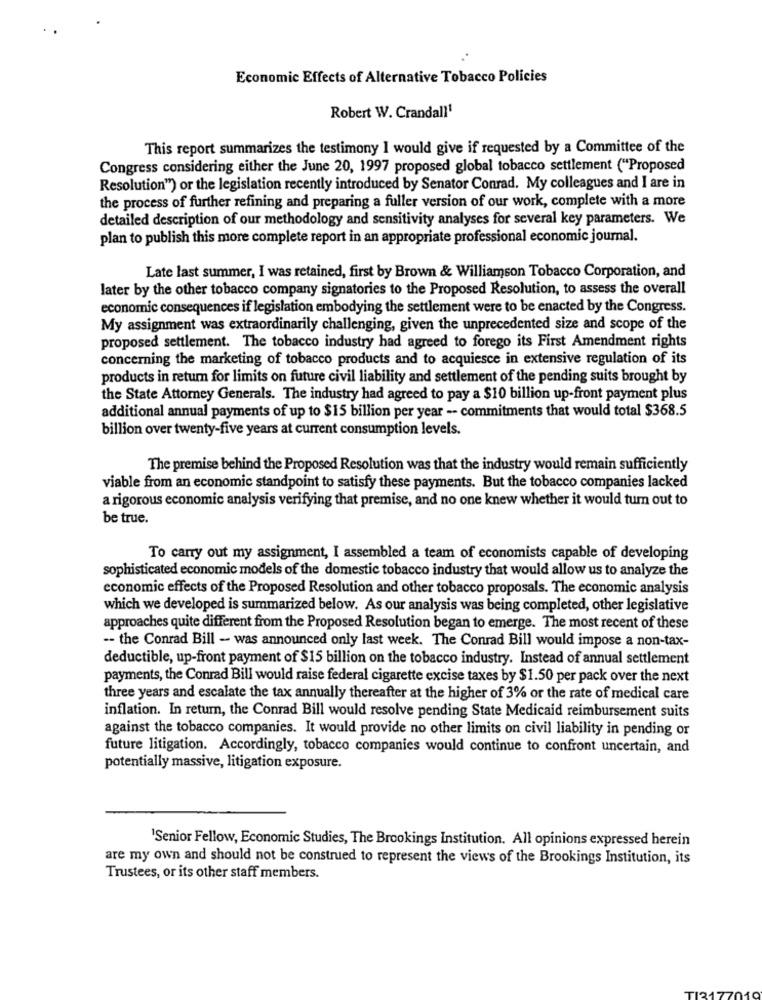
Economic Effects of Alternative Tobacco Policies
Robert W. Crandall1
This report summarizes the testimony I would give if requested by a Committee of the
Congress considering either the June 20, 1997 proposed global tobacco settlement ("Proposed
Resolution") or the legislation recently introduced by Senator Conrad. My colleagues and I are in
the process of further refining and preparing a fuller version of our work, complete with a more
detailed description of our methodology and sensitivity analyses for several key parameters. We
plan to publish this more complete report in an appropriate professional economic journal.
Late last summer, I was retained, first by Brown & Williamson Tobacco Corporation, and
later by the other tobacco company signatories to the Proposed Resolution, to assess the overall
economic consequences if legislation embodying the settlement were to be enacted by the Congress.
My assignment was extraordinarily challenging, given the unprecedented size and scope of the
proposed settlement. The tobacco industry had agreed to forego its First Amendment rights
concerning the marketing of tobacco products and to acquiesce in extensive regulation of its
products in return for limits on future civil liability and settlement of the pending suits brought by
the State Attorney Generals. The industry had agreed to pay a $10 billion up-front payment plus
additional annual payments of up to $15 billion per year -- commitments that would total $368.5
billion over twenty-five years at current consumption levels.
The premise behind the Proposed Resolution was that the industry would remain sufficiently
viable from an economic standpoint to satisfy these payments. But the tobacco companies lacked
a rigorous economic analysis verifying that premise, and no one knew whether it would tum out to
be true.
To carry out my assignment, I assembled a team of economists capable of developing
sophisticated economic models of the domestic tobacco industry that would allow us to analyze the
economic effects of the Proposed Resolution and other tobacco proposals. The economic analysis
which we developed is summarized below. As our analysis was being completed, other legislative
approaches quite different from the Proposed Resolution began to emerge. The most recent of these
-- the Conrad Bill - was announced only last week. The Conrad Bill would impose a non-tax-
deductible, up-front payment of $15 billion on the tobacco industry. Instead of annual settlement
payments, the Conrad Bill would raise federal cigarette excise taxes by $1.50 per pack over the next
three years and escalate the tax annually thereafter at the higher of 3% or the rate of medical care
inflation. In return, the Conrad Bill would resolve pending State Medicaid reimbursement suits
against the tobacco companies. It would provide no other limits on civil liability in pending or
future litigation. Accordingly, tobacco companies would continue to confront uncertain, and
potentially massive, litigation exposure.
'Senior Fellow, Economic Studies, The Brookings Institution. All opinions expressed herein
are my own and should not be construed to represent the views of the Brookings Institution, its
Trustees, or its other staff members.